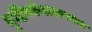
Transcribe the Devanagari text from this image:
दृष्टिकोणाबाबतचा